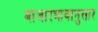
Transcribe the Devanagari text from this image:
बाजारभावानुसार